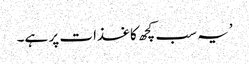
’یہ سب کچھ کاغذات پر ہے۔